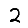
Digit: 2